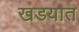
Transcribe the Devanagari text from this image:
खडयात